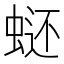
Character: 𰲿